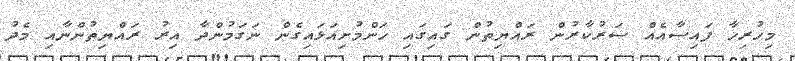
މިހުރިހާ ފައިސާއެއް ސަރުކާރުން ރައްޔިތުން ގައިގައި ހަންމުށިއަޅައިގެންް ނަގަމުންދާ އިރު ރައްޔިތުންނާއި މެދު